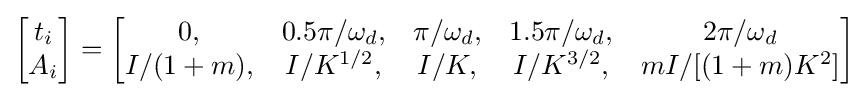
{\begin{bmatrix}t_{i}\\A_{i}\end{bmatrix}}={\begin{bmatrix}0,&0.5\pi /\omega _{d},&\pi /\omega _{d},&1.5\pi /\omega _{d},&2\pi /\omega _{d}\\I/(1+m),&I/K^{1/2},&I/K,&I/K^{3/2},&mI/[(1+m)K^{2}]\end{bmatrix}}